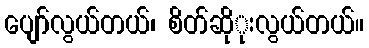
ပျော်လွယ်တယ်၊ စိတ်ဆိုုးလွယ်တယ်။